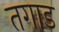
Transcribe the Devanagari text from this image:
तगाड